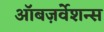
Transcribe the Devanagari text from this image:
ऑबज़र्वेशन्स